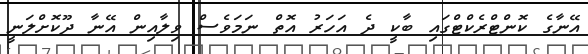
އޭނާގެ ކޮންޓްރެކްޓްގައި ބާކީ ދެ އަހަރު އޮތް ނަމަވެސް ވިލާއިން އޭނާ ދޫކޮށްލަނީ